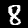
Label: 8